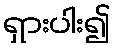
ရှားပါး၍